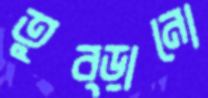
তুব্‌ড়ানো